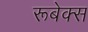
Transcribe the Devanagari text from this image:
रूबेक्स